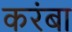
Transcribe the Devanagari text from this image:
करंबा